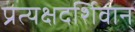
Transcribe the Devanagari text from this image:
प्रत्यक्षदर्शिवान्